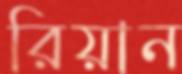
রিয়ান